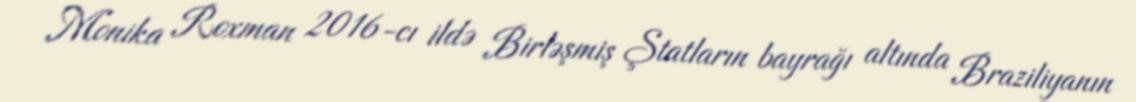
Monika Roxman 2016-cı ildə Birləşmiş Ştatların bayrağı altında Braziliyanın